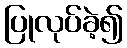
ပြုလုပ်ခဲ့၍